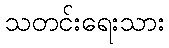
သတင်းရေးသား